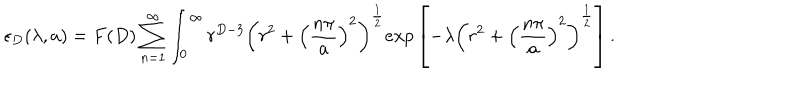
\epsilon _ { D } ( \lambda , a ) = F ( D ) \sum _ { n = 1 } ^ { \infty } \int _ { 0 } ^ { \infty } r ^ { D - 3 } \left( r ^ { 2 } + \left( \frac { n \pi } { a } \right) ^ { 2 } \right) ^ { \frac { 1 } { 2 } } e x p \left[ - \lambda \left( r ^ { 2 } + \left( \frac { n \pi } { a } \right) ^ { 2 } \right) ^ { \frac { 1 } { 2 } } \right] .